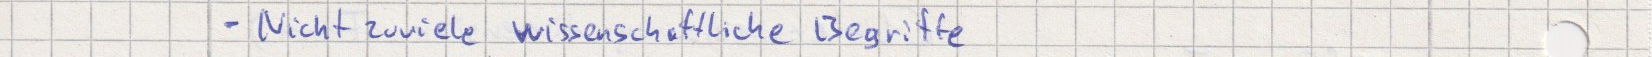
- Nicht zuviele wissenschaftliche Begriffe